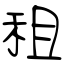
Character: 租